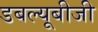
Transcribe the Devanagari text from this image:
डबल्यूबीजी